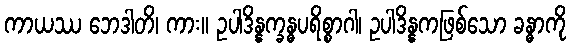
ကာယဿ ဘေဒါတိ၊ ကား။ ဥပါဒိန္နက္ခန္ဓပရိစ္စာဂါ၊ ဥပါဒိန္နကဖြစ်သော ခန္ဓာကို